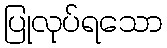
ပြုလုပ်ရသော